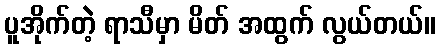
ပူအိုက်တဲ့ ရာသီမှာ မိတ် အထွက် လွယ်တယ်။